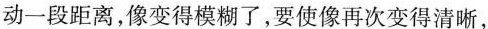
动一段距离，像变得模糊了，要使像再次变得清晰，